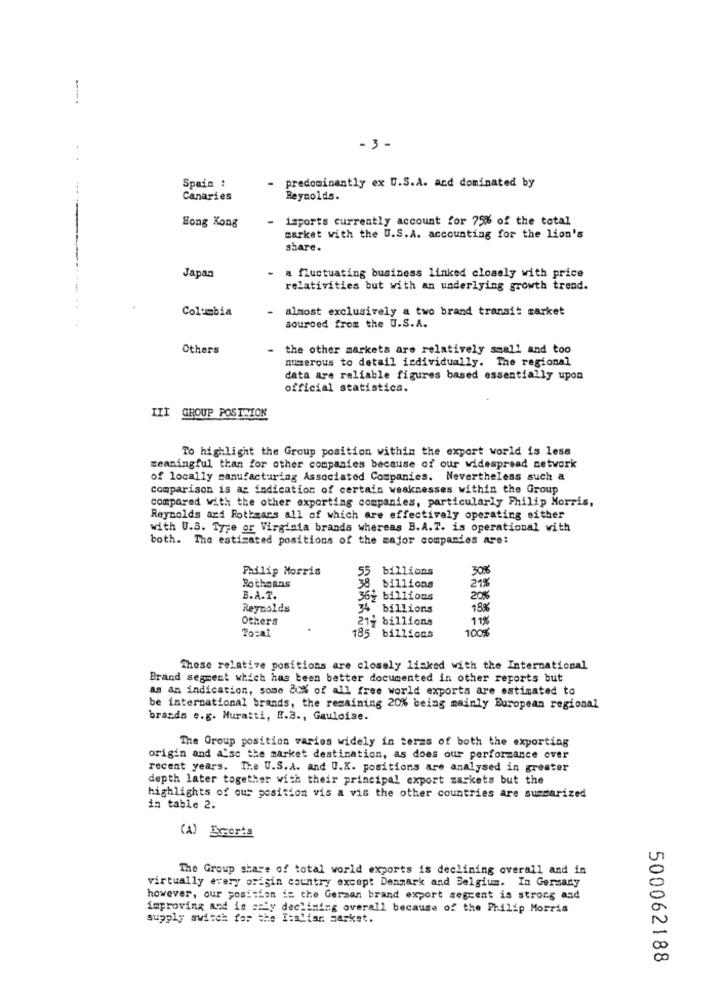
---.
-3 -
Spain :
- predominantly ex U.S.A. and dominated by
Canaries
Reynolds.
isports currently account for 75% of the total
Hong Kong
market with the U.S.A. accounting for the lion's
share.
Japan
- a fluctuating business linked closely with price
relativities but with an underlying growth trend.
Columbia
almost exclusively a two brand transit market
sourced from the U.S.A.
Others
- the other markets are relatively small and too
numerous to detail individually. The regional
data are reliable figures based essentially upon
official statistics.
III GROUP POSTCION
To highlight the Group position within the export world is less
meaningful than for other companies because of our widespread network
of locally manufacturing Associated Companies. Nevertheless such a
Comparison is az indication of certain weaknesses within the Group
compared with the other exporting companies, particularly Philip Morris,
Reynolds and Rothmars all of which are effectively operating either
with U.S. Tyge or Virginia brands whereas B.A.T. is operational with
both. The estimated positions of the major companies are:
Philip Morris
55
billions
30%
Rothmans
38 billions
21%
B.A.T.
36y billions
20%
Reynolds
34 billions
18%
Others
21; billions
100%
11%
Total
185 billions
These relative positions are closely linked with the International
Brand segment which has been better documented in other reports but
as an indication, some 80% of all free world exports are estimated to
be international brands, the remaining 20% being mainly European regional
brands e.g. Muratti, E.A ., Gauloise.
The Group position varios widely in terms of both the exporting
origin and aise the market destination, as does our performance ever
recent years. The U.S.A. and U.K. positions are analysed in greater
depth later together with their principal export markets but the
highlights of our position vis a vis the other countries are summarized
in table 2.
(A) Emorts
The Group share of total world exports is declining overall and in
virtually every origin country except Denmark and Belgium. In Germany
however, our position in the German brand export segcent is strong and
improving and is m'y declining overall because of the Philip Morris
supply switch for the I:aliar market.
500062188